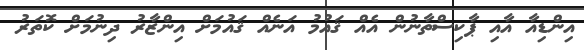
އިންޑިއާ އާއި ޕާކިސްތާނުން އެއް ޤައުމު އަނެއް ޤައުމަށް އިންޒާރު ދިނުމަށް ކޮތަރު